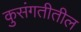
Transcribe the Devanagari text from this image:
कुसंगतीतील